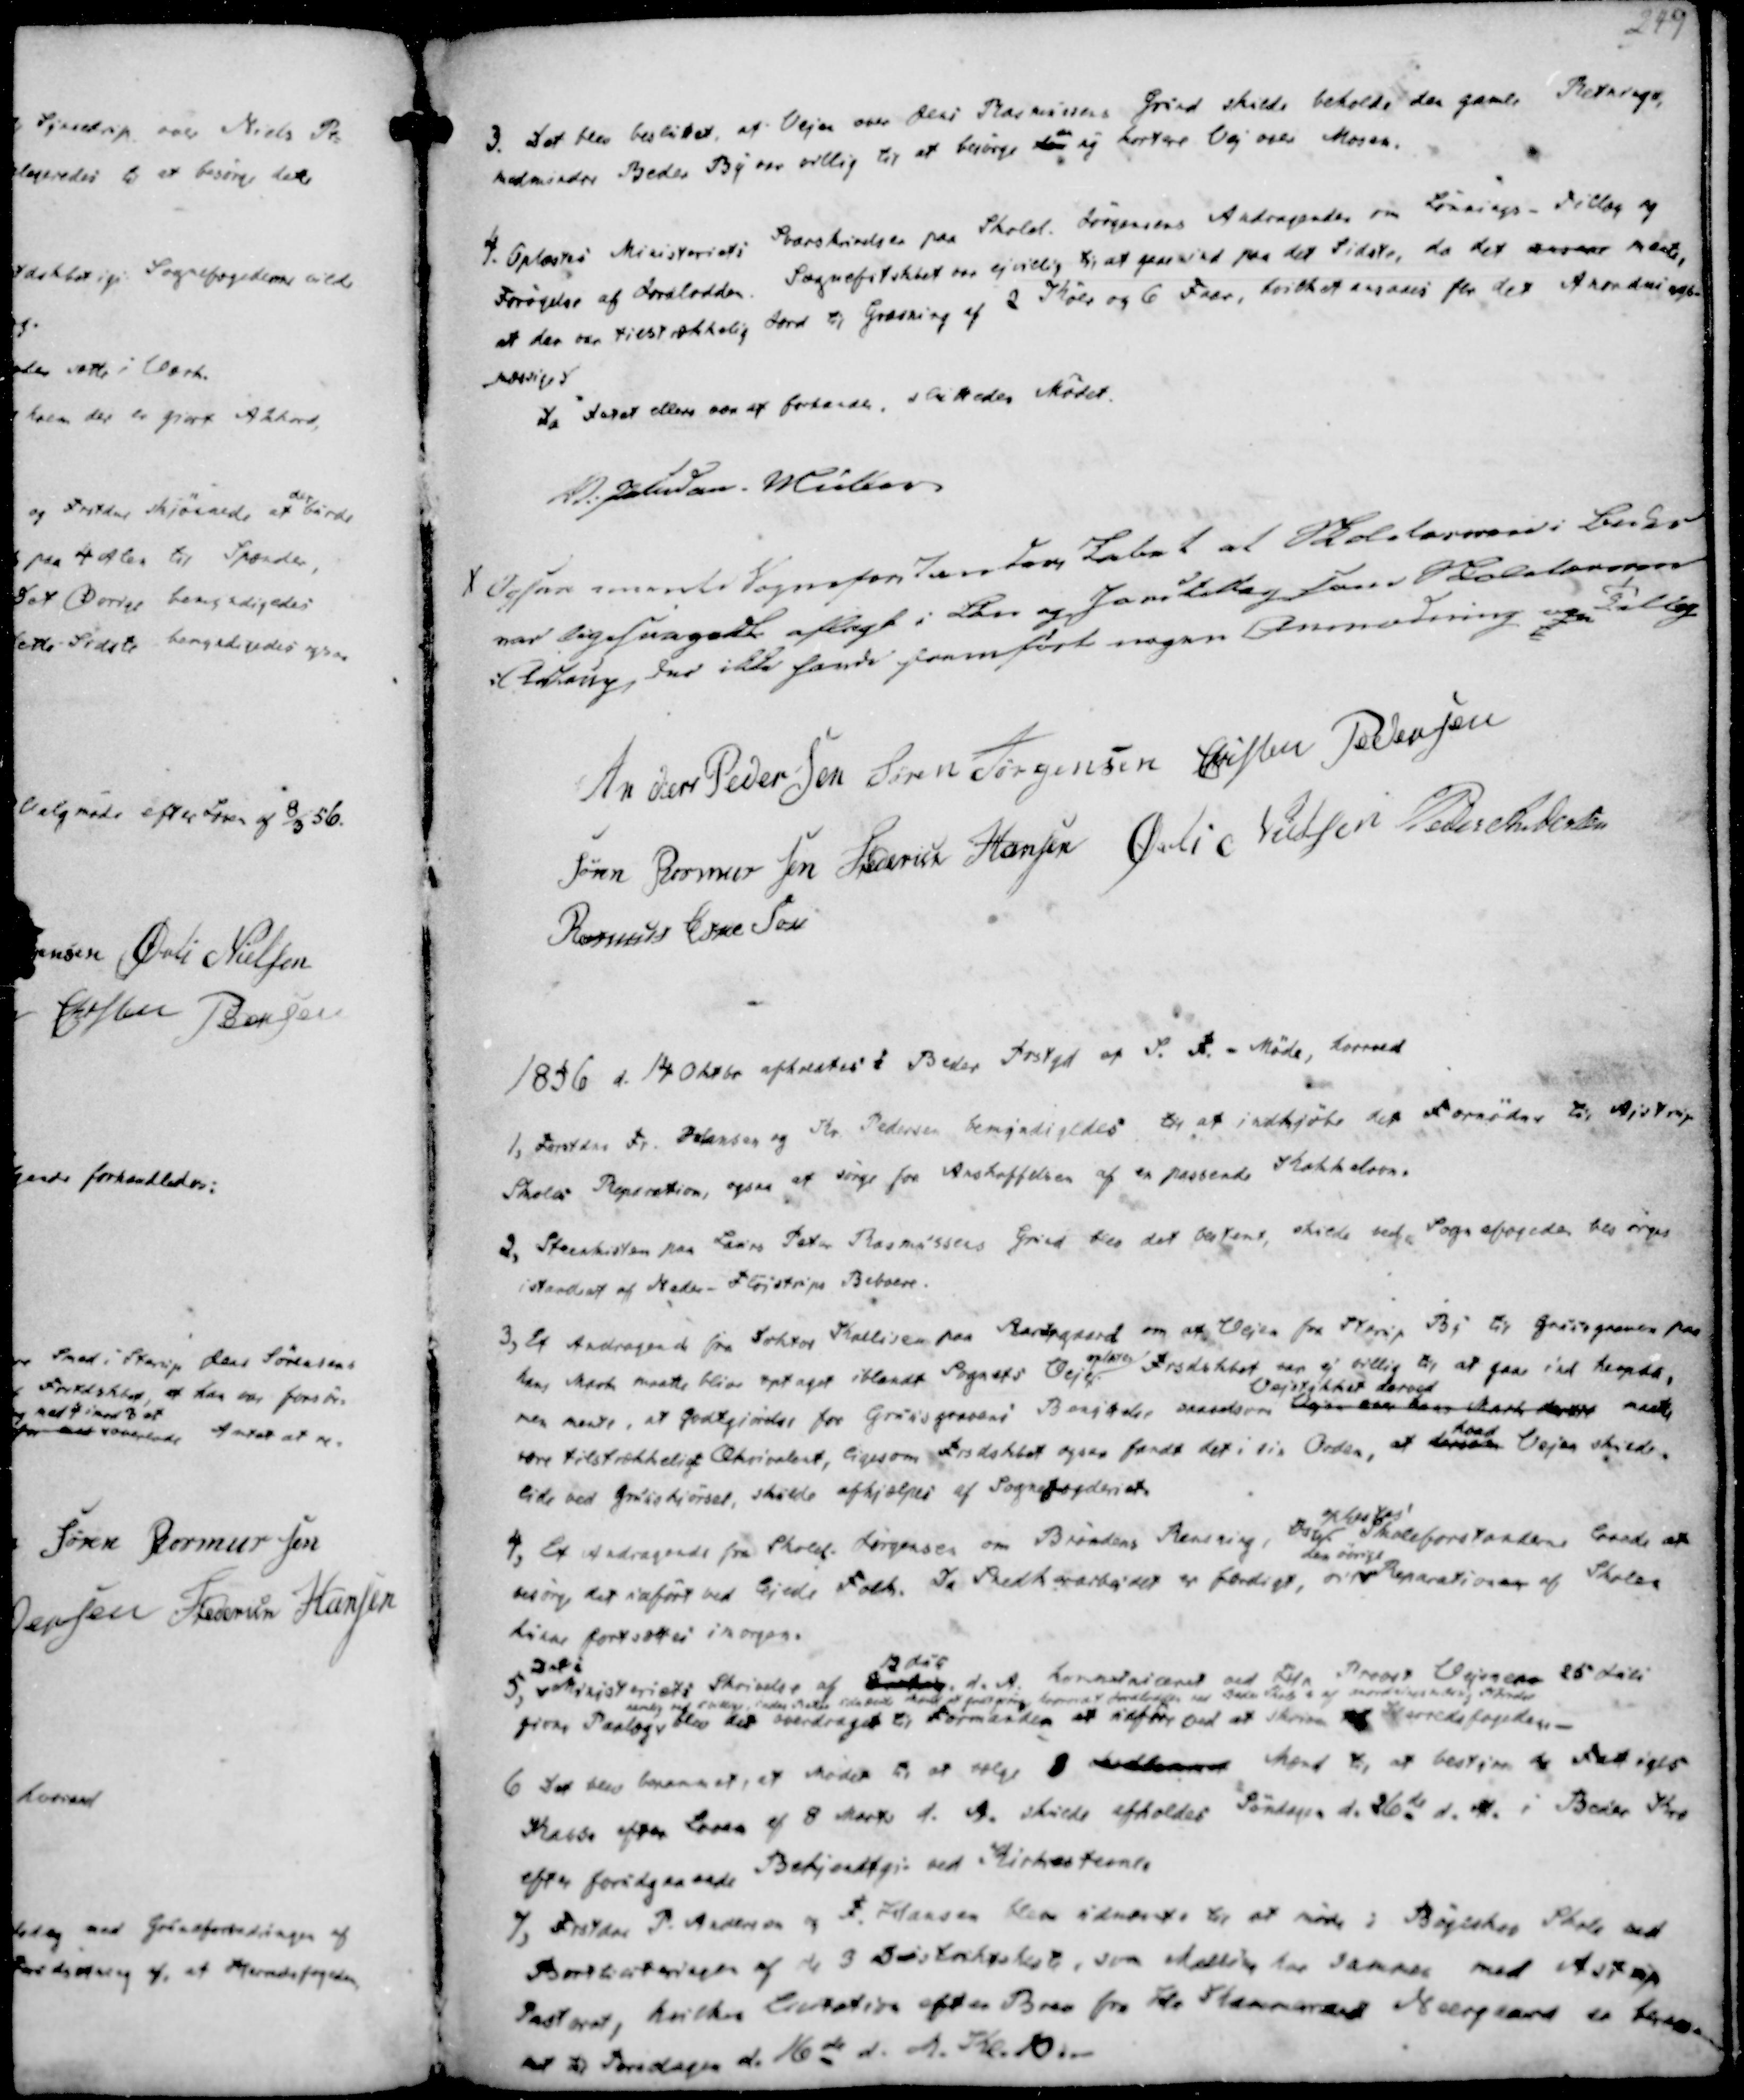
Transskription:
3. Det blev besluttet, at Vejen over Jens Rasmussens Grund skulde beholde den gamle Retnings,
med mindre Beder By var villig til at besørge en ny kortere Vej over Mosen.
4. Oplæstes Ministeriets Svarskrivelser paa Skolel. Jørgensens Andragender om Lønnings-Tillæg og
Forøgelse af Jordlodden. Sognefstskbet var ej villig til at gaae ind paa det Sidste, da det ansaae mente,
at der var tilstrækkelig Jord til Græsning af 2 Køer og 6 Faar, hvilket ansaaes for det Anordnings-
mæssiges
Da Inet ellers var at forhandle, sluttedes Mødet.

V. Paludan-Müller

X Ogsaa imente Sogneforstanderskabet at Skolelæreren i Beder
var ligesaagodt aflagt i Løn og Jordtillæg som Skolelæreren
i Aistrup, der ikke havde fremført nogen Anmodning ogm Tillæg

Anders Pedersen
Søren Jørgensen
Christen Pedersen
Søren Rasmussen
Frederik Hansen
Øvli Nielsen
Peder Andersen
Rasmus Eskesen

1856 d. 14 Oktbr afholdtes i Beder Prstgd et S. F. - Møde, hvorved

1, Forstdre Fr. Hansen og Kr. Pedersen bemyndigedes til at indkjøbe det Fornødne til Ajstrup
Skoles Reparation, ogsaa at sørge for Anskaffelsen af en passende Kakkelovn.
2, Steenkisten paa Laurs Peter Rasmussens Grund blev det bestemt, skulde ved Sognefogeden besørges
istandsat af Neder-Fløjstrups Beboere.
3, Et Andragende fra Doktor Kallisen paa Aarupgaard om at Vejen fra Starup By til Gruusgraven paa
hans Mark maatte blive optaget iblandt Sognets Veje oplates. Frsdskbet var ej villig til at gaae ind hemds,
men mente, at Godtgiordes for Gruusgravens Benyttelse, saavelsom Vejen over hans Mark dertil
Vejstykket derved
maatte
være tilstrækkeligt Ækvivalent, ligesom Frsdskbet ogsaa fandt det i sin Orden, at dersom
hvad
Vejen skulde
lide ved Gruuskjørsel, skulde afhjælpes af Sognefogderiet.
4, Et Andragende fra Skolel. Jørgensen om Brøndens Rensning,
osv.
oplæstes
Skoleforstanderne lovede at
besørge det udført ved lejede Folk. Da Snedkerarbejdet er færdigt, til
den øvrige
Reparationen af Skolen
kunne fortsættes imorgen.

5,
Det i
Ministeriets Skrivelse af
1 dek
d.A. Kommuniceret ved Isle Provst Vejen ere 25 Juli
given Paalæg
nemlig ved villige, inden  at godtgiøre  at  ved  Skole af 
blev det overdraget til Formanden at udfri ved at skrive af Herredsfogeden.
6 Det blev berammet, at Mødet til at vælge 8  Mænd til at bestyre de Fattiges
Kasse efter Loven af 8 Marts d. A. skulde afholdes Søndagen d. 26de d. M. i Beder Kro
efter forudgaaende Bekjendtgj. ved Kirkestevne.
7, Frstdre P. Andersen og F. Hansen blev udnævnte til at møde i Bøgeskov Skole ved
Bortliciteringen af de 3 Distriktsheste, som Malling har sammen med Astrup
Pastorat, hvilken Licitation efter Brev fra Hr Kammeraad Neergaard, er ble-
vet til Torsdagen d. 16de d. M. Kl. 10.-